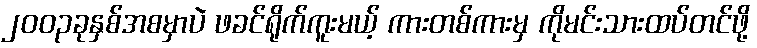
၂၀၀၃ခုနှစ်အစမှာပဲ ဖခင်ရိုက်ကူးမယ့် ကားတစ်ကားမှ ကိုမင်းသားထပ်တင်ဖို့